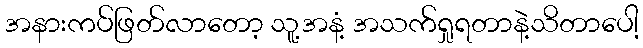
အနားကပ်ဖြတ်လာတော့ သူ့အနံ့ အသက်ရှုရတာနဲ့သိတာပေါ့